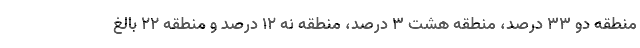
منطقه دو ۳۳ درصد، منطقه هشت ۳ درصد، منطقه نه ۱۲ درصد و منطقه ۲۲ بالغ